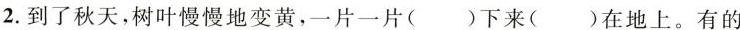
2.到了秋天，树叶慢慢地变黄，一片一片( )下来( )在地上。有的